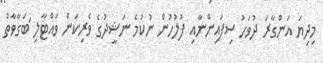
މިދިޔަ އަންގާރަ ދުވަހު ސިފައިންނާއި ފުލުހުން ނުކުމެ ނަޝީދުގެ ވެރިކަން ވައްޓާލި ަބަގާވާތް